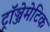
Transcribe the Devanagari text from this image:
ट्रॉञ्जेमेटिक